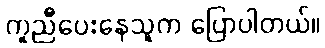
ကူညီပေးနေသူက ပြောပါတယ်။